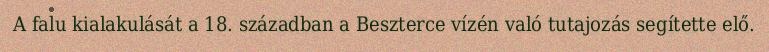
A falu kialakulását a 18. században a Beszterce vízén való tutajozás segítette elő.